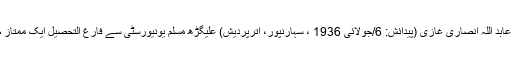
بی عابد اللہ انصاری غازی (پیدائش: 6/جولائی 1936 ، سہارنپور، اترپردیش) علیگڑھ مسلم یونیورسٹی سے فارغ التحصیل ایک ممتاز م...